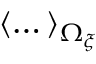
\left< \dots \right> _ { \Omega _ { \xi } }